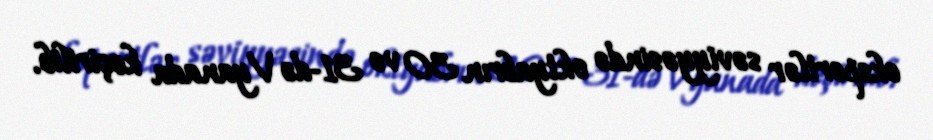
ekspertlər səviyyəsində oktyabrın 30 və 31-də Vyanada keçirilib.